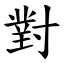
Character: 對